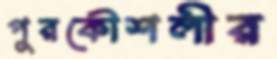
পুরকৌশলীর